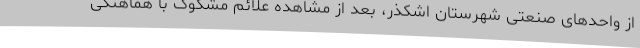
از واحدهای صنعتی شهرستان اشکذر، بعد از مشاهده علائم مشکوک با هماهنگی